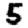
Digit: 5